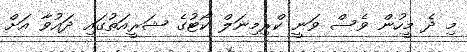
މި ދެ މީހުން ވެސް ވަނީ ކްރިމިނަލް ކޯޓުގެ ޝަރީއަތުގައި ދައުވާ އަށް